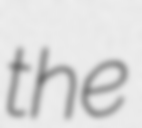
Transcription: the